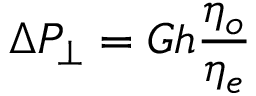
\Delta P _ { \perp } = G h \frac { \eta _ { o } } { \eta _ { e } }